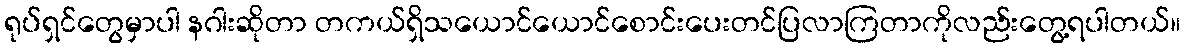
ရုပ်ရှင်တွေမှာပါ နဂါးဆိုတာ တကယ်ရှိသယောင်ယောင်စောင်းပေးတင်ပြလာကြတာကိုလည်းတွေ့ရပါတယ်။